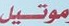
موتیل